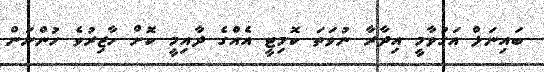
ބައިނަލް އަގުވާމީ އިދާރާ ނުވަތަ ކޮމިޓީ އެއްގެ ދާއިމީ ކޮށް ހާޒިރުވެ ހުންނަން